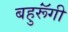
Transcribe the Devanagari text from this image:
बहुरूॅंगी